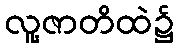
လူ့ဇာတိထဲ၌